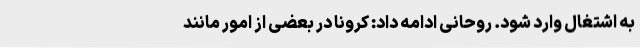
به اشتغال وارد شود. روحانی ادامه داد:‌ کرونا در بعضی از امور مانند